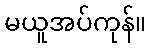
မယူအပ်ကုန်။